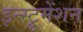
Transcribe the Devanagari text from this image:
इन्‍स्ट्रूमेंशन